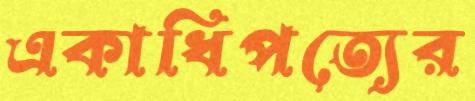
একাধিপত্যের